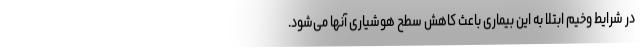
در شرایط وخیم ابتلا به این بیماری باعث کاهش سطح هوشیاری آنها می‌شود.